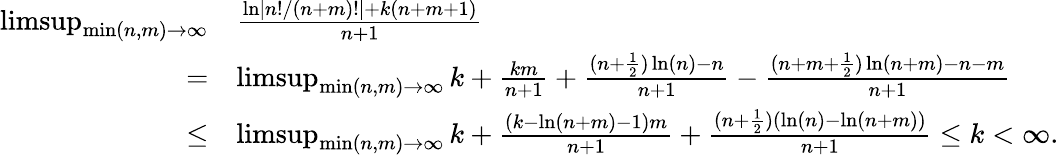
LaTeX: \begin{array}{rl}{\operatorname*{limsup}_{\operatorname*{min}(n,m)\to\infty}}&{\frac{\ln\left|n!/(n+m)!\right|+k(n+m+1)}{n+1}}\\ {=}&{\operatorname*{limsup}_{\operatorname*{min}(n,m)\to\infty}k+\frac{km}{n+1}+\frac{(n+\frac{1}{2})\ln(n)-n}{n+1}-\frac{(n+m+\frac{1}{2})\ln(n+m)-n-m}{n+1}}\\ {\leq}&{\operatorname*{limsup}_{\operatorname*{min}(n,m)\to\infty}k+\frac{(k-\ln(n+m)-1)m}{n+1}+\frac{(n+\frac{1}{2})(\ln(n)-\ln(n+m))}{n+1}\leq k<\infty.}\end{array}